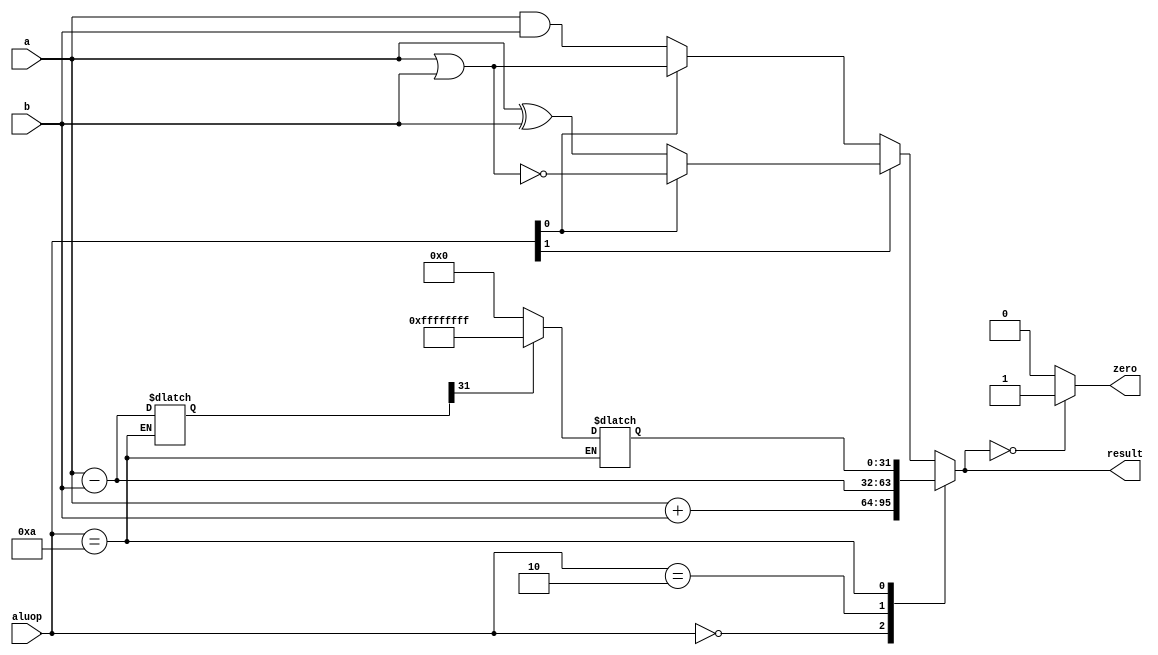
`timescale 1ns / 1ps
//////////////////////////////////////////////////////////////////////////////////
// Description:    This is a poor attempt at writing an ALU
// Dependencies:
//
// Revision:
// Revision 0.01 - File Created
// Additional Comments:
//
//////////////////////////////////////////////////////////////////////////////////

module bad_ALU(
	input [31:0] a, b,
	input	[3:0] aluop,
	output [31:0] result,
	output zero
	);

   reg [31:0]		slt;
   reg [31:0]		logicsel;

   reg [31:0]		alu_val;					// we need to declare this reg
   reg [31:0]		diff;
   wire				ss0;
   wire 				ss1;
   wire 				ss2;
   wire 				ss3;

	assign {ss0,ss1,ss2,ss3} = aluop;	// make assigns

   // define the logicfunction
    always @ ( * )
    begin
        if (ss2 == 0)
            if (ss3 == 0)
                logicsel = a & b;
            else
                logicsel = a | b;
        else
            if (ss3 == 1)
                logicsel= ~(a | b);
            else
                logicsel = a ^ b;
     end

	// always @ ( aluop , a, b )
    // I'm not sure why the original wasn't working, but changing it to this
    // fixes it
	always @ ( * )
		if (aluop == 4'b1010)
		begin
			diff <= a - b;			// calculate the difference
			slt <= 0;				// default value
			if (diff[31] == 1)
				slt <= 32'hFFFFFFFF;  // if MSB is 1 slt is 1
		end

	always @ ( * )
	begin
		case (aluop)
			4'b0000 : alu_val = a + b;
			4'b0010 : alu_val = a - b;
			4'b1010 : alu_val = slt;
			default : alu_val = logicsel;
		endcase
	end

	assign result = alu_val;
	assign zero = (alu_val == 32'b0) ? 1 : 0;

endmodule